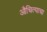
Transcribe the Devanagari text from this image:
औचित्याचा